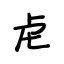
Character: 虍